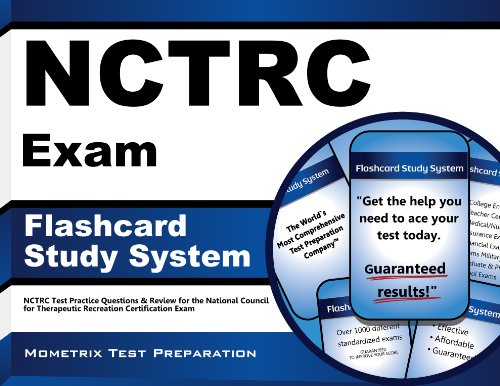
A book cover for NCTRC Exam Flashcard Study System: NCTRC Test Practice Questions & Review for the National Council for Therapeutic Recreation Certification Exam (Cards); NCTRC Exam Secrets Test Prep Team; Test Preparation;